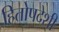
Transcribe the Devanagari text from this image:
हितोपदेशी